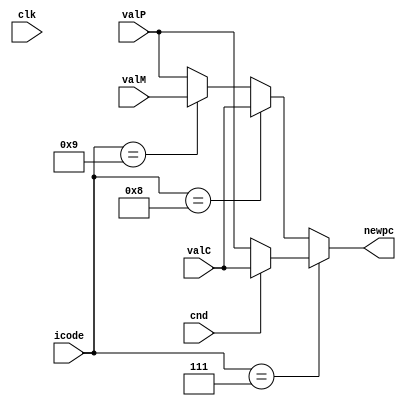
module pc_update(clk, cnd, icode, valC, valM, valP, newpc);

input clk, cnd;
input [63:0] valC; 
input [63:0] valM; 
input [63:0] valP;  
input [3:0] icode;

output reg [63:0] newpc;

always@(*) begin
    

    if (icode == 4'b0111) //icode = 7
    begin
        if(cnd == 1'b1)
        begin
            newpc <= valC;
        end
        else begin
            newpc <= valP;
        end
    end

    else if (icode == 4'b1000) // icode = 8; for call
    begin 
        newpc <= valC;
    end

    else if (icode == 4'b1001) // icode = 9; for ret 
    begin
        newpc <= valM;
    end
    else
    begin
        newpc<= valP;
    end
    
    
end
endmodule